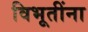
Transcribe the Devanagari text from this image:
विभूतींना